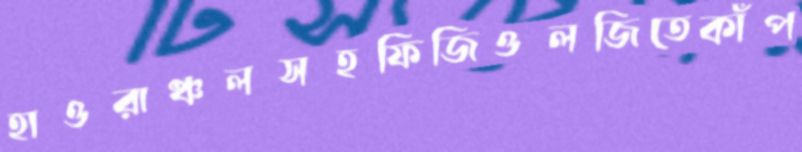
হাওরাঞ্চলসহফিজিওলজিতেকাঁপ